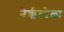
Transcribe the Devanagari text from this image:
नैरृत्येला